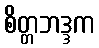
စိတ္တဘဒ္ဒက